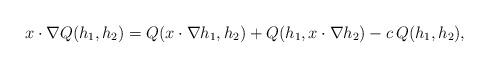
LaTeX: \begin{align*}x\cdot \nabla Q(h_{1}, h_{2}) = Q (x\cdot \nabla h_{1}, h_{2}) + Q(h_{1}, x\cdot \nabla h_{2}) - c\,Q(h_{1}, h_{2}),\end{align*}